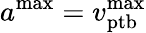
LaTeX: a^{\mathrm{max}}=v_{\mathrm{ptb}}^{\mathrm{max}}